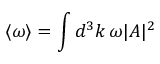
\langle \omega \rangle = \int d ^ { 3 } k \, \omega | A | ^ { 2 }